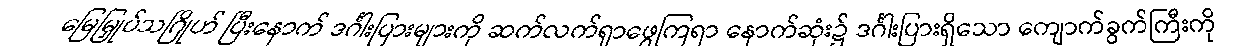
မြေမြှုပ်သဂြိုဟ် ပြီးနောက် ဒင်္ဂါးပြားများကို ဆက်လက်ရှာဖွေကြရာ နောက်ဆုံး၌ ဒင်္ဂါးပြားရှိသော ကျောက်ခွက်ကြီးကို